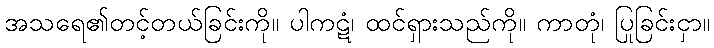
အသရေ၏တင့်တယ်ခြင်းကို။ ပါကဋံ၊ ထင်ရှားသည်ကို။ ကာတုံ၊ ပြုခြင်းငှာ။